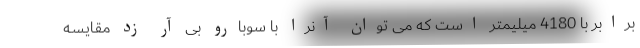
برابر با 4180 میلیمتر است که می توان آنرا با سوبارو بی آر زد مقایسه